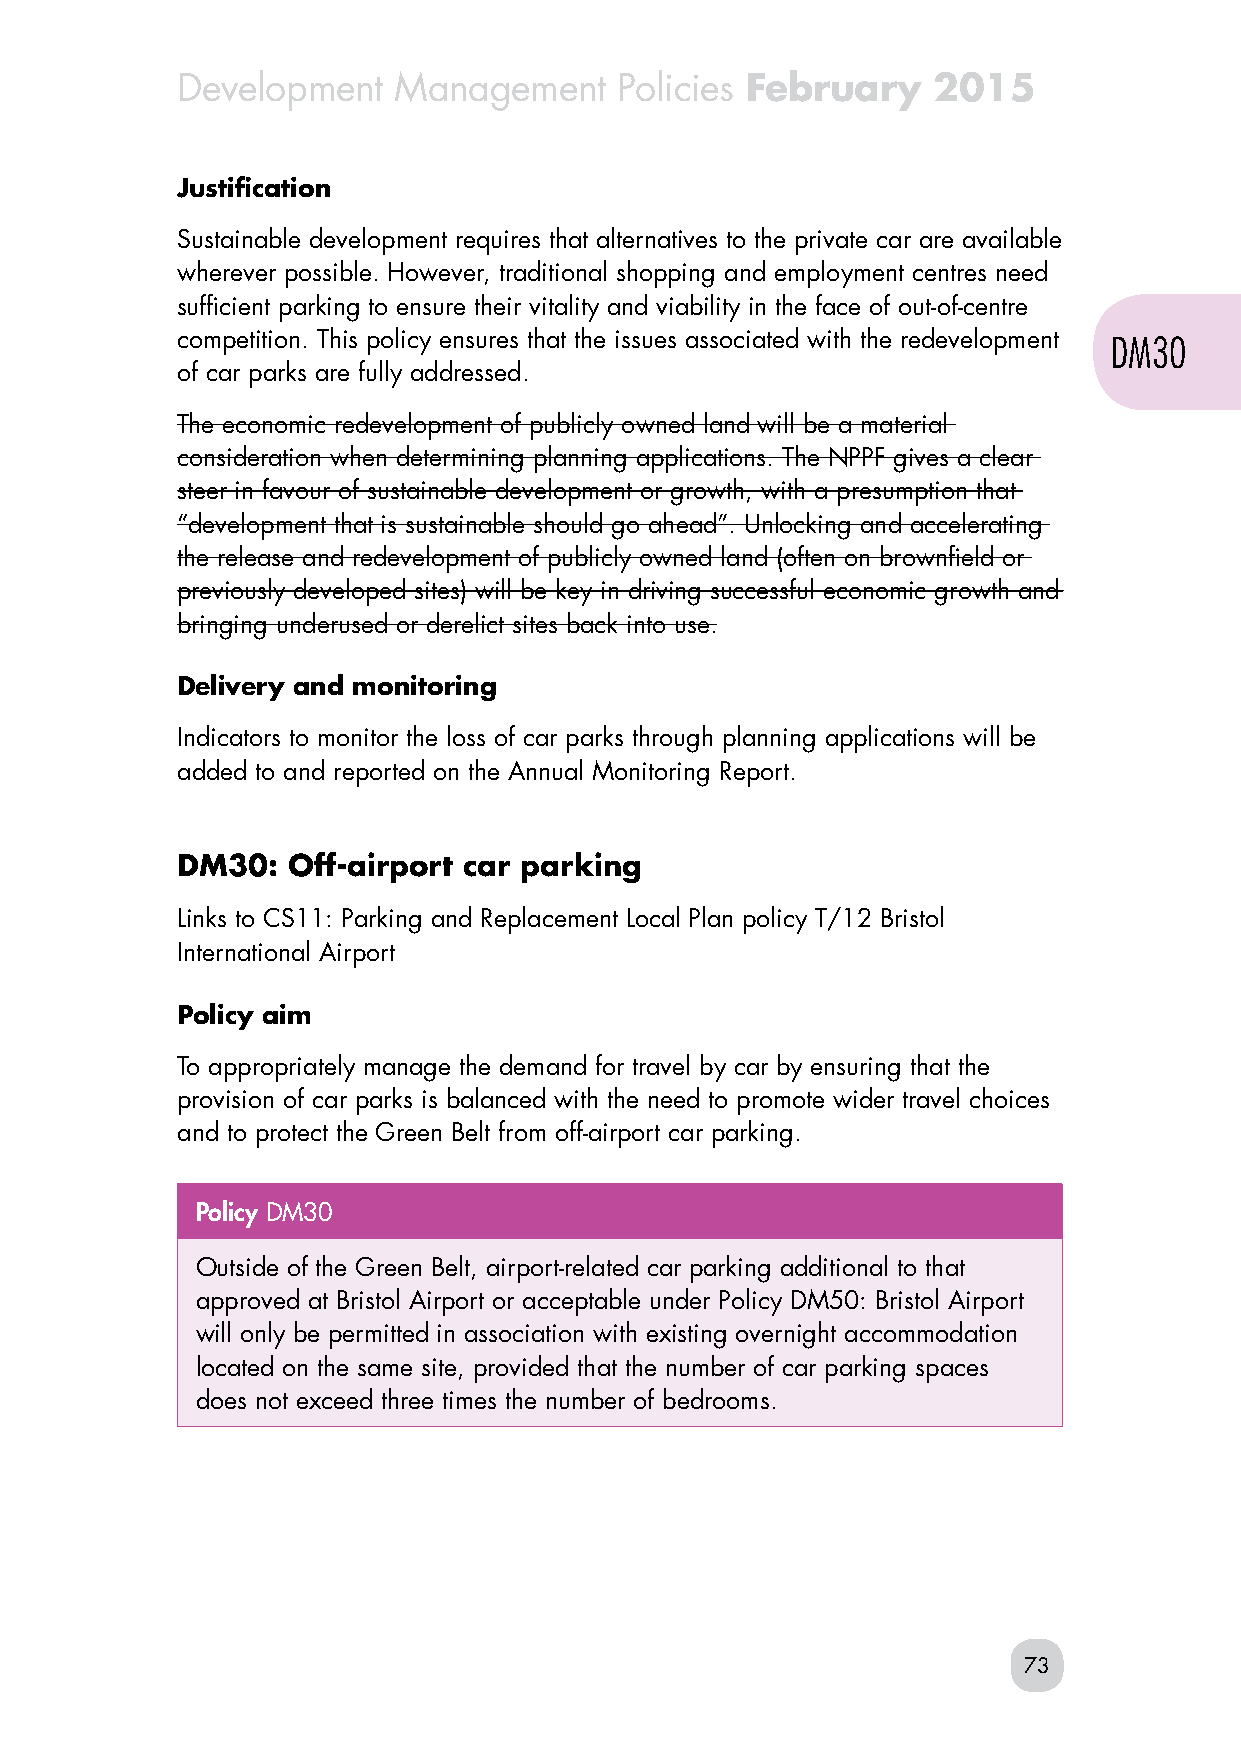
Development   Management     Policies February    2015
 Justification
 Sustainable development requires that alternatives to the private car are available
 wherever possible. However, traditional shopping and employment centres need
 sufficient parking to ensure their vitality and viability in the face of out-of-centre
 competition. This policy ensures that the issues associated with the redevelopment DM30
 of car parks are fully addressed.
 The economic redevelopment of publicly owned land will be a material
 consideration when determining planning applications. The NPPF gives a clear
 steer in favour of sustainable development or growth, with a presumption that
 “development that is sustainable should go ahead”. Unlocking and accelerating
 the release and redevelopment of publicly owned land (often on brownfield or
 previously developed sites) will be key in driving successful economic growth and
 bringing underused or derelict sites back into use.
 Delivery and monitoring
 Indicators to monitor the loss of car parks through planning applications will be
 added to and reported on the Annual Monitoring Report.
 DM30:  Off-airport car parking
 Links to CS11: Parking and Replacement Local Plan policy T/12 Bristol
 International Airport
 Policy aim
 To appropriately manage the demand for travel by car by ensuring that the
 provision of car parks is balanced with the need to promote wider travel choices
 and to protect the Green Belt from off-airport car parking.
 Policy DM30
 Outside of the Green Belt, airport-related car parking additional to that
 approved at Bristol Airport or acceptable under Policy DM50: Bristol Airport
 will only be permitted in association with existing overnight accommodation
 located on the same site, provided that the number of car parking spaces
 does not exceed three times the number of bedrooms.
 73